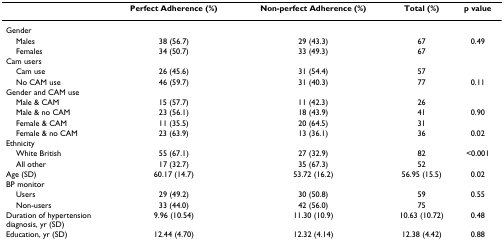
<table><thead><tr><td></td><td><b>Perfect Adherence (%)</b></td><td><b>Non-perfect Adherence (%)</b></td><td><b>Total (%)</b></td><td><b>p value</b></td></tr></thead><tbody><tr><td>Gender</td><td></td><td></td><td></td><td></td></tr><tr><td> Males</td><td>38 (56.7)</td><td>29 (43.3)</td><td>67</td><td>0.49</td></tr><tr><td> Females</td><td>34 (50.7)</td><td>33 (49.3)</td><td>67</td><td></td></tr><tr><td>Cam users</td><td></td><td></td><td></td><td></td></tr><tr><td> Cam use</td><td>26 (45.6)</td><td>31 (54.4)</td><td>57</td><td></td></tr><tr><td> No CAM use</td><td>46 (59.7)</td><td>31 (40.3)</td><td>77</td><td>0.11</td></tr><tr><td>Gender and CAM use</td><td></td><td></td><td></td><td></td></tr><tr><td> Male &amp; CAM</td><td>15 (57.7)</td><td>11 (42.3)</td><td>26</td><td></td></tr><tr><td> Male &amp; no CAM</td><td>23 (56.1)</td><td>18 (43.9)</td><td>41</td><td>0.90</td></tr><tr><td> Female &amp; CAM</td><td>11 (35.5)</td><td>20 (64.5)</td><td>31</td><td></td></tr><tr><td> Female &amp; no CAM</td><td>23 (63.9)</td><td>13 (36.1)</td><td>36</td><td>0.02</td></tr><tr><td>Ethnicity</td><td></td><td></td><td></td><td></td></tr><tr><td> White British</td><td>55 (67.1)</td><td>27 (32.9)</td><td>82</td><td>&lt;0.001</td></tr><tr><td> All other</td><td>17 (32.7)</td><td>35 (67.3)</td><td>52</td><td></td></tr><tr><td>Age (SD)</td><td>60.17 (14.7)</td><td>53.72 (16.2)</td><td>56.95 (15.5)</td><td>0.02</td></tr><tr><td>BP monitor</td><td></td><td></td><td></td><td></td></tr><tr><td> Users</td><td>29 (49.2)</td><td>30 (50.8)</td><td>59</td><td>0.55</td></tr><tr><td> Non-users</td><td>33 (44.0)</td><td>42 (56.0)</td><td>75</td><td></td></tr><tr><td>Duration of hypertension diagnosis, yr (SD)</td><td>9.96 (10.54)</td><td>11.30 (10.9)</td><td>10.63 (10.72)</td><td>0.48</td></tr><tr><td>Education, yr (SD)</td><td>12.44 (4.70)</td><td>12.32 (4.14)</td><td>12.38 (4.42)</td><td>0.88</td></tr></tbody></table>